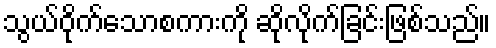
သွယ်ဝိုက်သောစကားကို ဆိုလိုက်ခြင်းဖြစ်သည်။